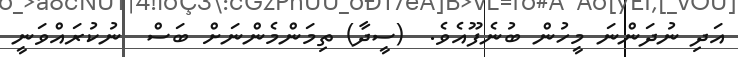
އަދި ނުދަންނަ މީހުން ބުނެފޫއެވެ.  (ސީދާ) ތިމަންމެންނަށް ބަސް  ނުކުރައްވަނީ